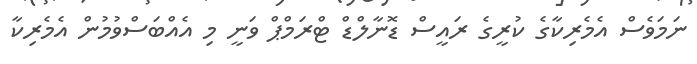
ނަމަވެސް އެމެރިކާގެ ކުރީގެ ރައީސް ޑޮނާލްޑް ޓްރަމްޕް ވަނީ މި އެއްބަސްވުމުން އެމެރިކާ